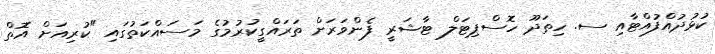
ކުޅުދުއްފުއްޓާއި ސ. ހިތަދޫ ހޮސްޕިޓަލް ޓާޝަރީ ފެންވަރަށް ތަރައްގީކުރުމުގެ މަސައްކަތުގައި "ކުރިއަށް އޮތް